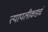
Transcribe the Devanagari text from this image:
त्यापलीकडचं